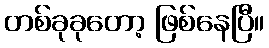
တစ်ခုခုတော့ ဖြစ်နေပြီ။